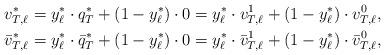
LaTeX: \begin{align*}& v^*_{T,\ell} = y^*_\ell \cdot q^*_T + (1-y^*_\ell) \cdot 0 = y^*_\ell \cdot v^1_{T, \ell} + (1-y^*_\ell) \cdot v^0_{T, \ell},\\& \bar v^*_{T,\ell} = y^*_\ell \cdot \bar q^*_T + (1-y^*_\ell) \cdot 0 = y^*_\ell \cdot \bar v^1_{T, \ell} + (1-y^*_\ell) \cdot \bar v^0_{T, \ell},\end{align*}